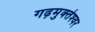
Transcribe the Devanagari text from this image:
गढ़मुक्‍तेश्‍वर